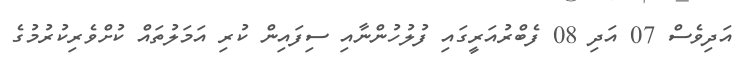
އަދިވެސް 07 އަދި 08 ފެބްރުއަރީގައި ފުލުހުންނާއި ސިފައިން ކުރި އަމަލުތައް ކުށްވެރިކުރުމުގެ